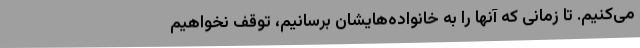
می‌کنیم. تا زمانی که آنها را به خانواده‌هایشان برسانیم، توقف نخواهیم